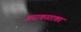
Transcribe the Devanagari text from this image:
अराकाताका